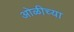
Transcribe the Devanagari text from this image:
ओळीच्या